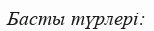
Басты түрлері: